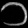
Digit: ၁